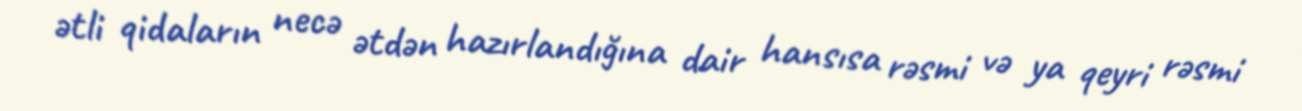
ətli qidaların necə ətdən hazırlandığına dair hansısa rəsmi və ya qeyri rəsmi